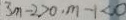
3 m - 2 > 0 \cdot m - 1 < 0